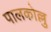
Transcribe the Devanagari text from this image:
पालकोल्लु